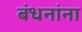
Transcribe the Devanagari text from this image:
बंधनांना